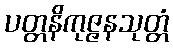
ပတ္တနိကုဇ္ဇနသုတ္တံ